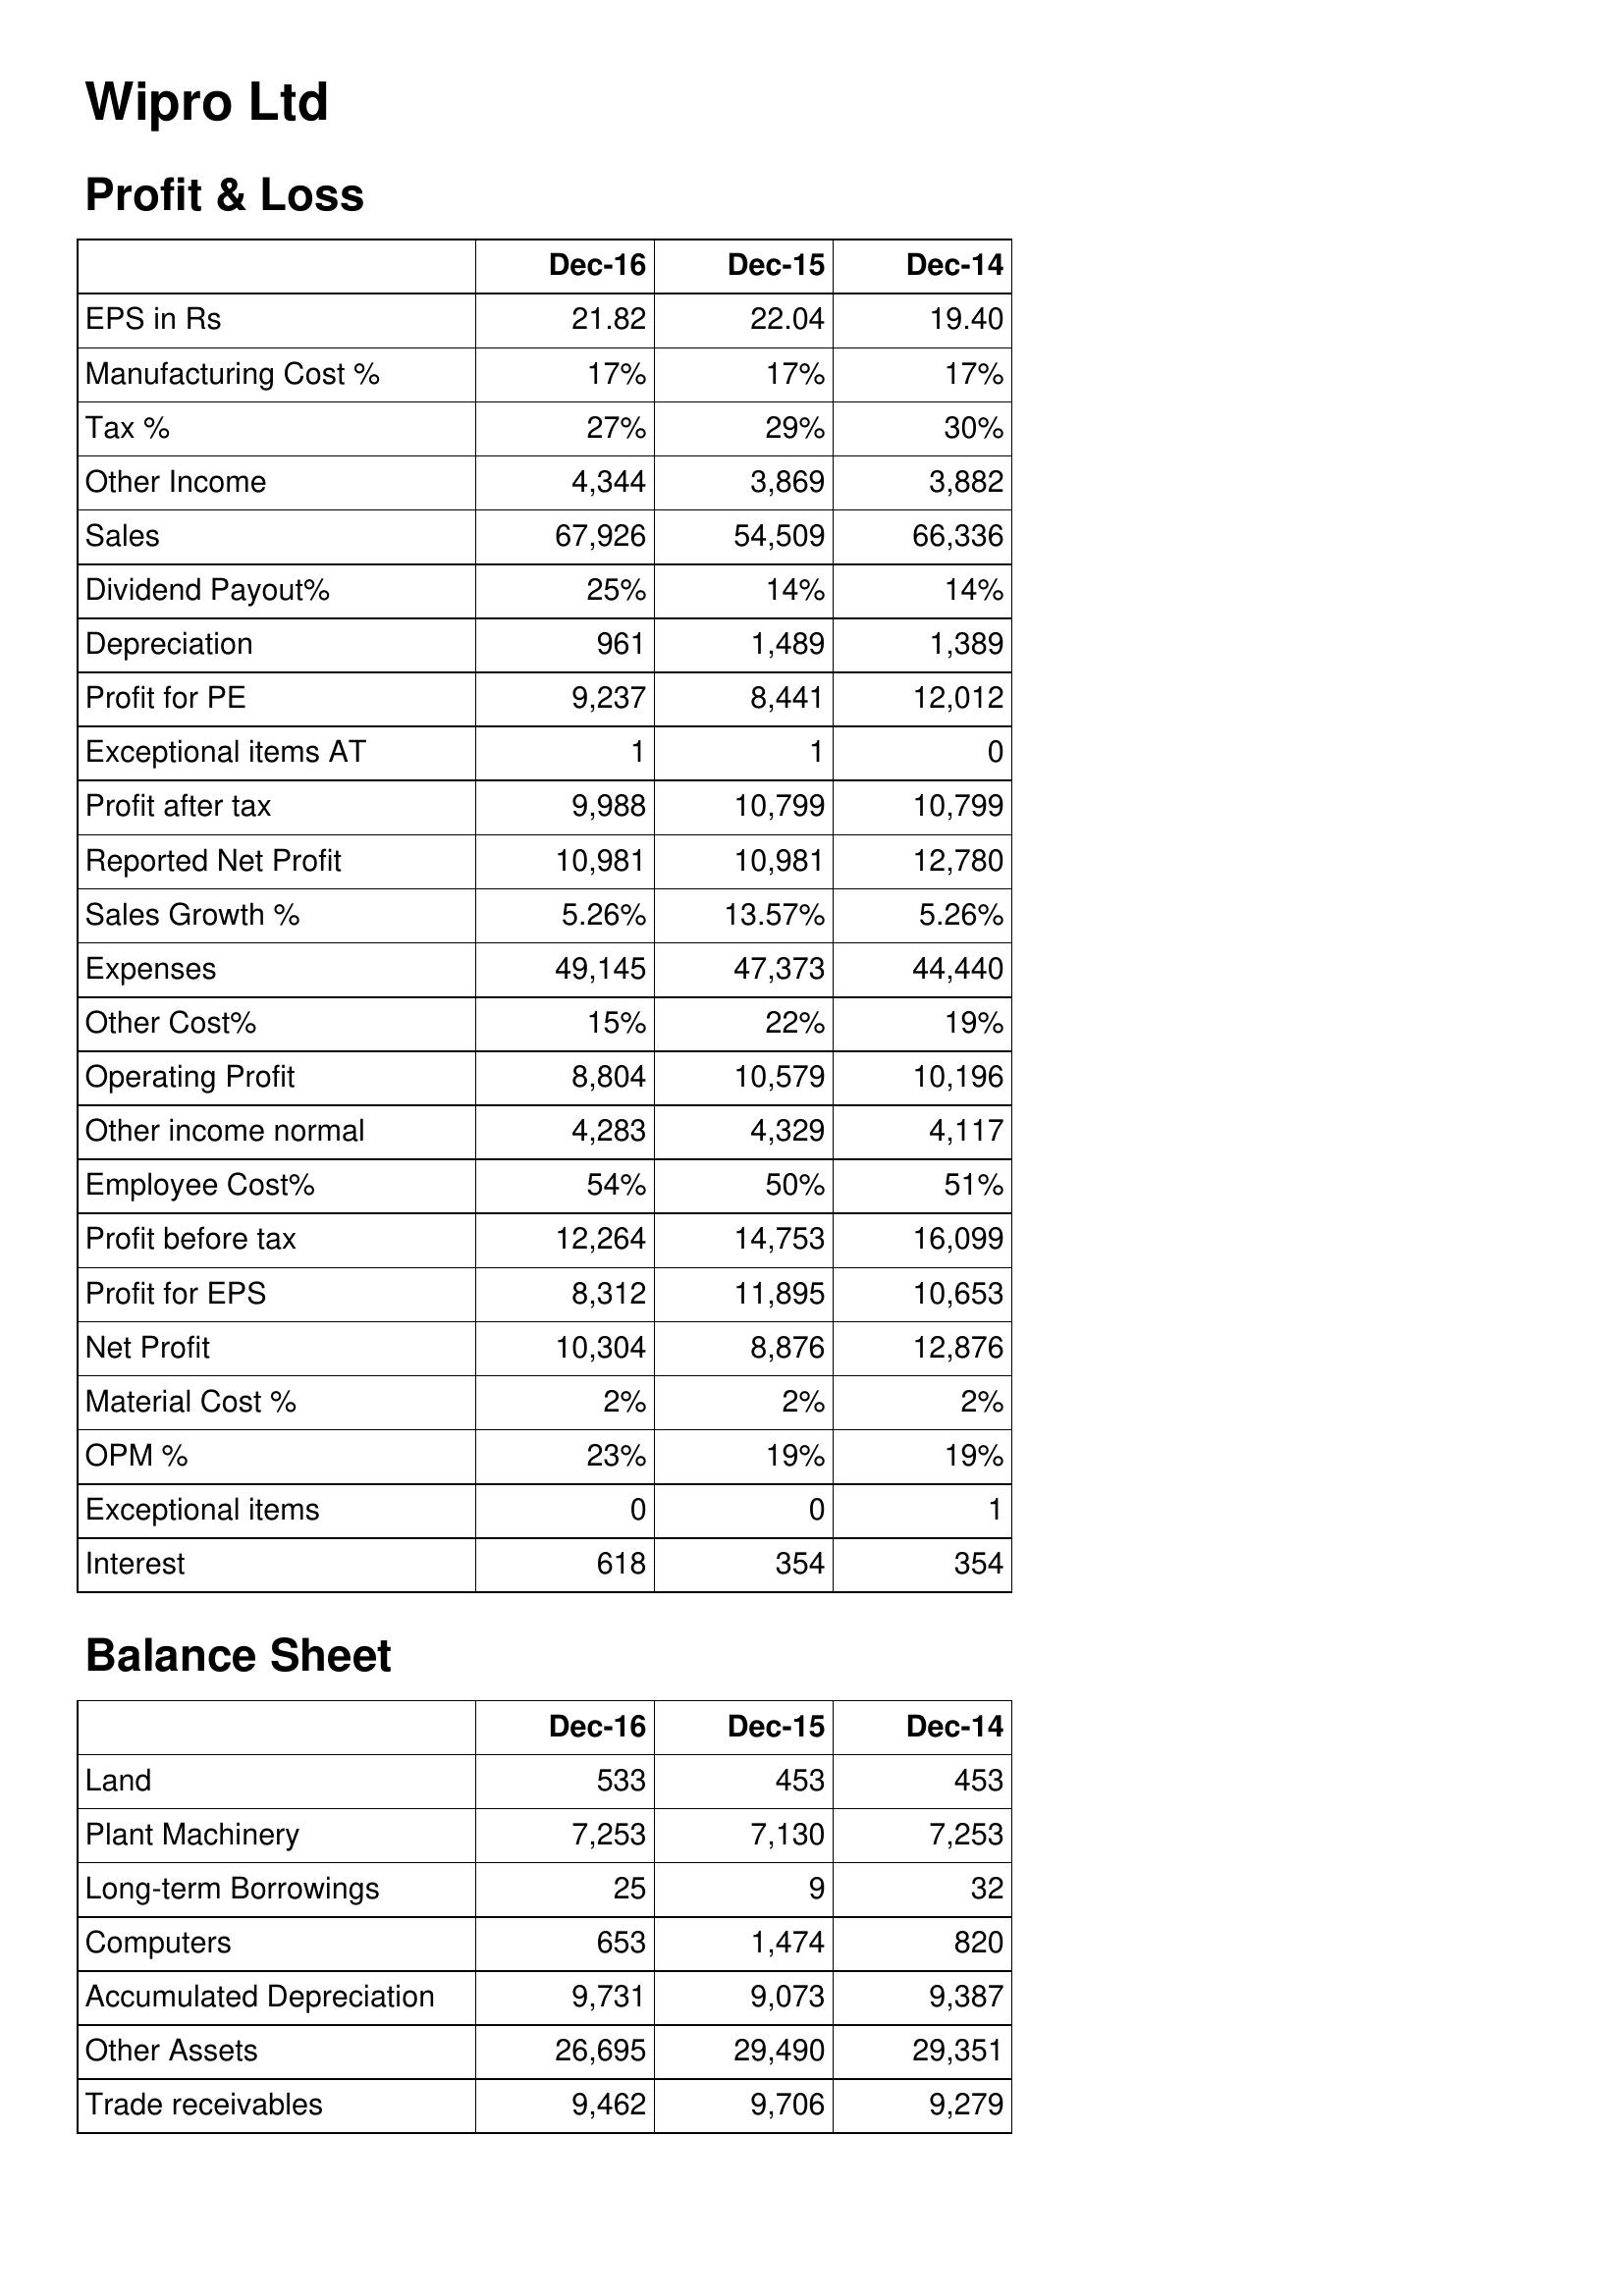
Dec-16: Profit & Loss: EPS in Rs: 21.82
Manufacturing Cost %: 17%
Tax %: 27%
Other Income: 4,344
Sales: 67,926
Dividend Payout%: 25%
Depreciation: 961
Profit for PE: 9,237
Exceptional items AT: 1
Profit after tax: 9,988
Reported Net Profit: 10,981
Sales Growth %: 5.26%
Expenses: 49,145
Other Cost%: 15%
Operating Profit: 8,804
Other income normal: 4,283
Employee Cost%: 54%
Profit before tax: 12,264
Profit for EPS: 8,312
Net Profit: 10,304
Material Cost %: 2%
OPM %: 23%
Exceptional items: 0
Interest: 618
Balance Sheet: Land: 533
Plant Machinery: 7,253
Long-term Borrowings: 25
Computers: 653
Accumulated Depreciation: 9,731
Other Assets: 26,695
Trade receivables: 9,462
Dec-15: Profit & Loss: EPS in Rs: 22.04
Manufacturing Cost %: 17%
Tax %: 29%
Other Income: 3,869
Sales: 54,509
Dividend Payout%: 14%
Depreciation: 1,489
Profit for PE: 8,441
Exceptional items AT: 1
Profit after tax: 10,799
Reported Net Profit: 10,981
Sales Growth %: 13.57%
Expenses: 47,373
Other Cost%: 22%
Operating Profit: 10,579
Other income normal: 4,329
Employee Cost%: 50%
Profit before tax: 14,753
Profit for EPS: 11,895
Net Profit: 8,876
Material Cost %: 2%
OPM %: 19%
Exceptional items: 0
Interest: 354
Balance Sheet: Land: 453
Plant Machinery: 7,130
Long-term Borrowings: 9
Computers: 1,474
Accumulated Depreciation: 9,073
Other Assets: 29,490
Trade receivables: 9,706
Dec-14: Profit & Loss: EPS in Rs: 19.40
Manufacturing Cost %: 17%
Tax %: 30%
Other Income: 3,882
Sales: 66,336
Dividend Payout%: 14%
Depreciation: 1,389
Profit for PE: 12,012
Exceptional items AT: 0
Profit after tax: 10,799
Reported Net Profit: 12,780
Sales Growth %: 5.26%
Expenses: 44,440
Other Cost%: 19%
Operating Profit: 10,196
Other income normal: 4,117
Employee Cost%: 51%
Profit before tax: 16,099
Profit for EPS: 10,653
Net Profit: 12,876
Material Cost %: 2%
OPM %: 19%
Exceptional items: 1
Interest: 354
Balance Sheet: Land: 453
Plant Machinery: 7,253
Long-term Borrowings: 32
Computers: 820
Accumulated Depreciation: 9,387
Other Assets: 29,351
Trade receivables: 9,279